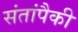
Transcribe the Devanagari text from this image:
संतांपैकी